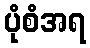
ပုံစံအရ